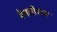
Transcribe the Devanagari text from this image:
रेवतीराम